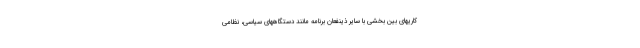
کاریهای بین بخشی با سایر ذینفعان برنامه مانند دستگاههای سیاسی، نظامی